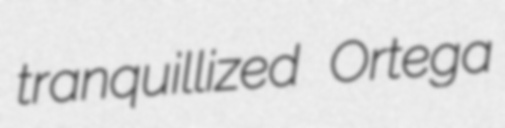
tranquillized Ortega